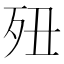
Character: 𣧊